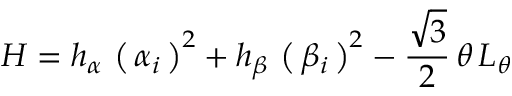
H = h _ { \alpha } \, \left( \, \alpha _ { i } \, \right) ^ { 2 } + h _ { \beta } \, \left( \, \beta _ { i } \, \right) ^ { 2 } - \frac { \sqrt 3 } { 2 } \, \theta \, L _ { \theta }